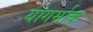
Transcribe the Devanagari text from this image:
योगर्माक